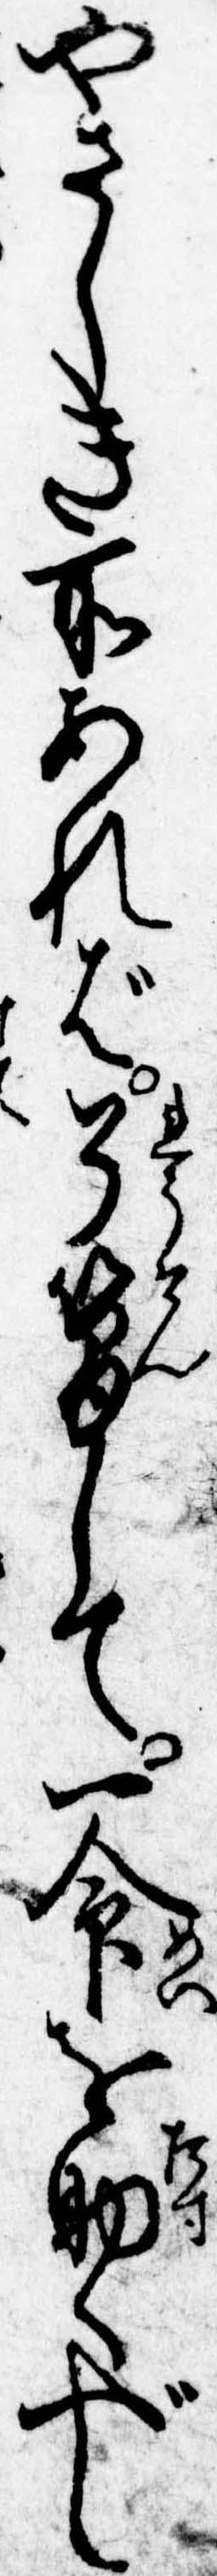
やさしき所あれば了簡して一命を助くべし